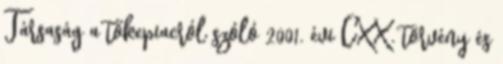
Társaság a tőkepiacról szóló 2001. évi CXX. törvény és